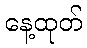
နေ့ထုတ်